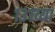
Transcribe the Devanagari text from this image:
१३१व्या